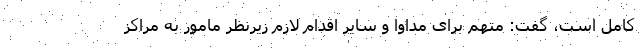
کامل است، گفت: متهم برای مداوا و سایر اقدام لازم زیرنظر مامور به مراکز